Leningradi_Edasi_toimetus, lk 162
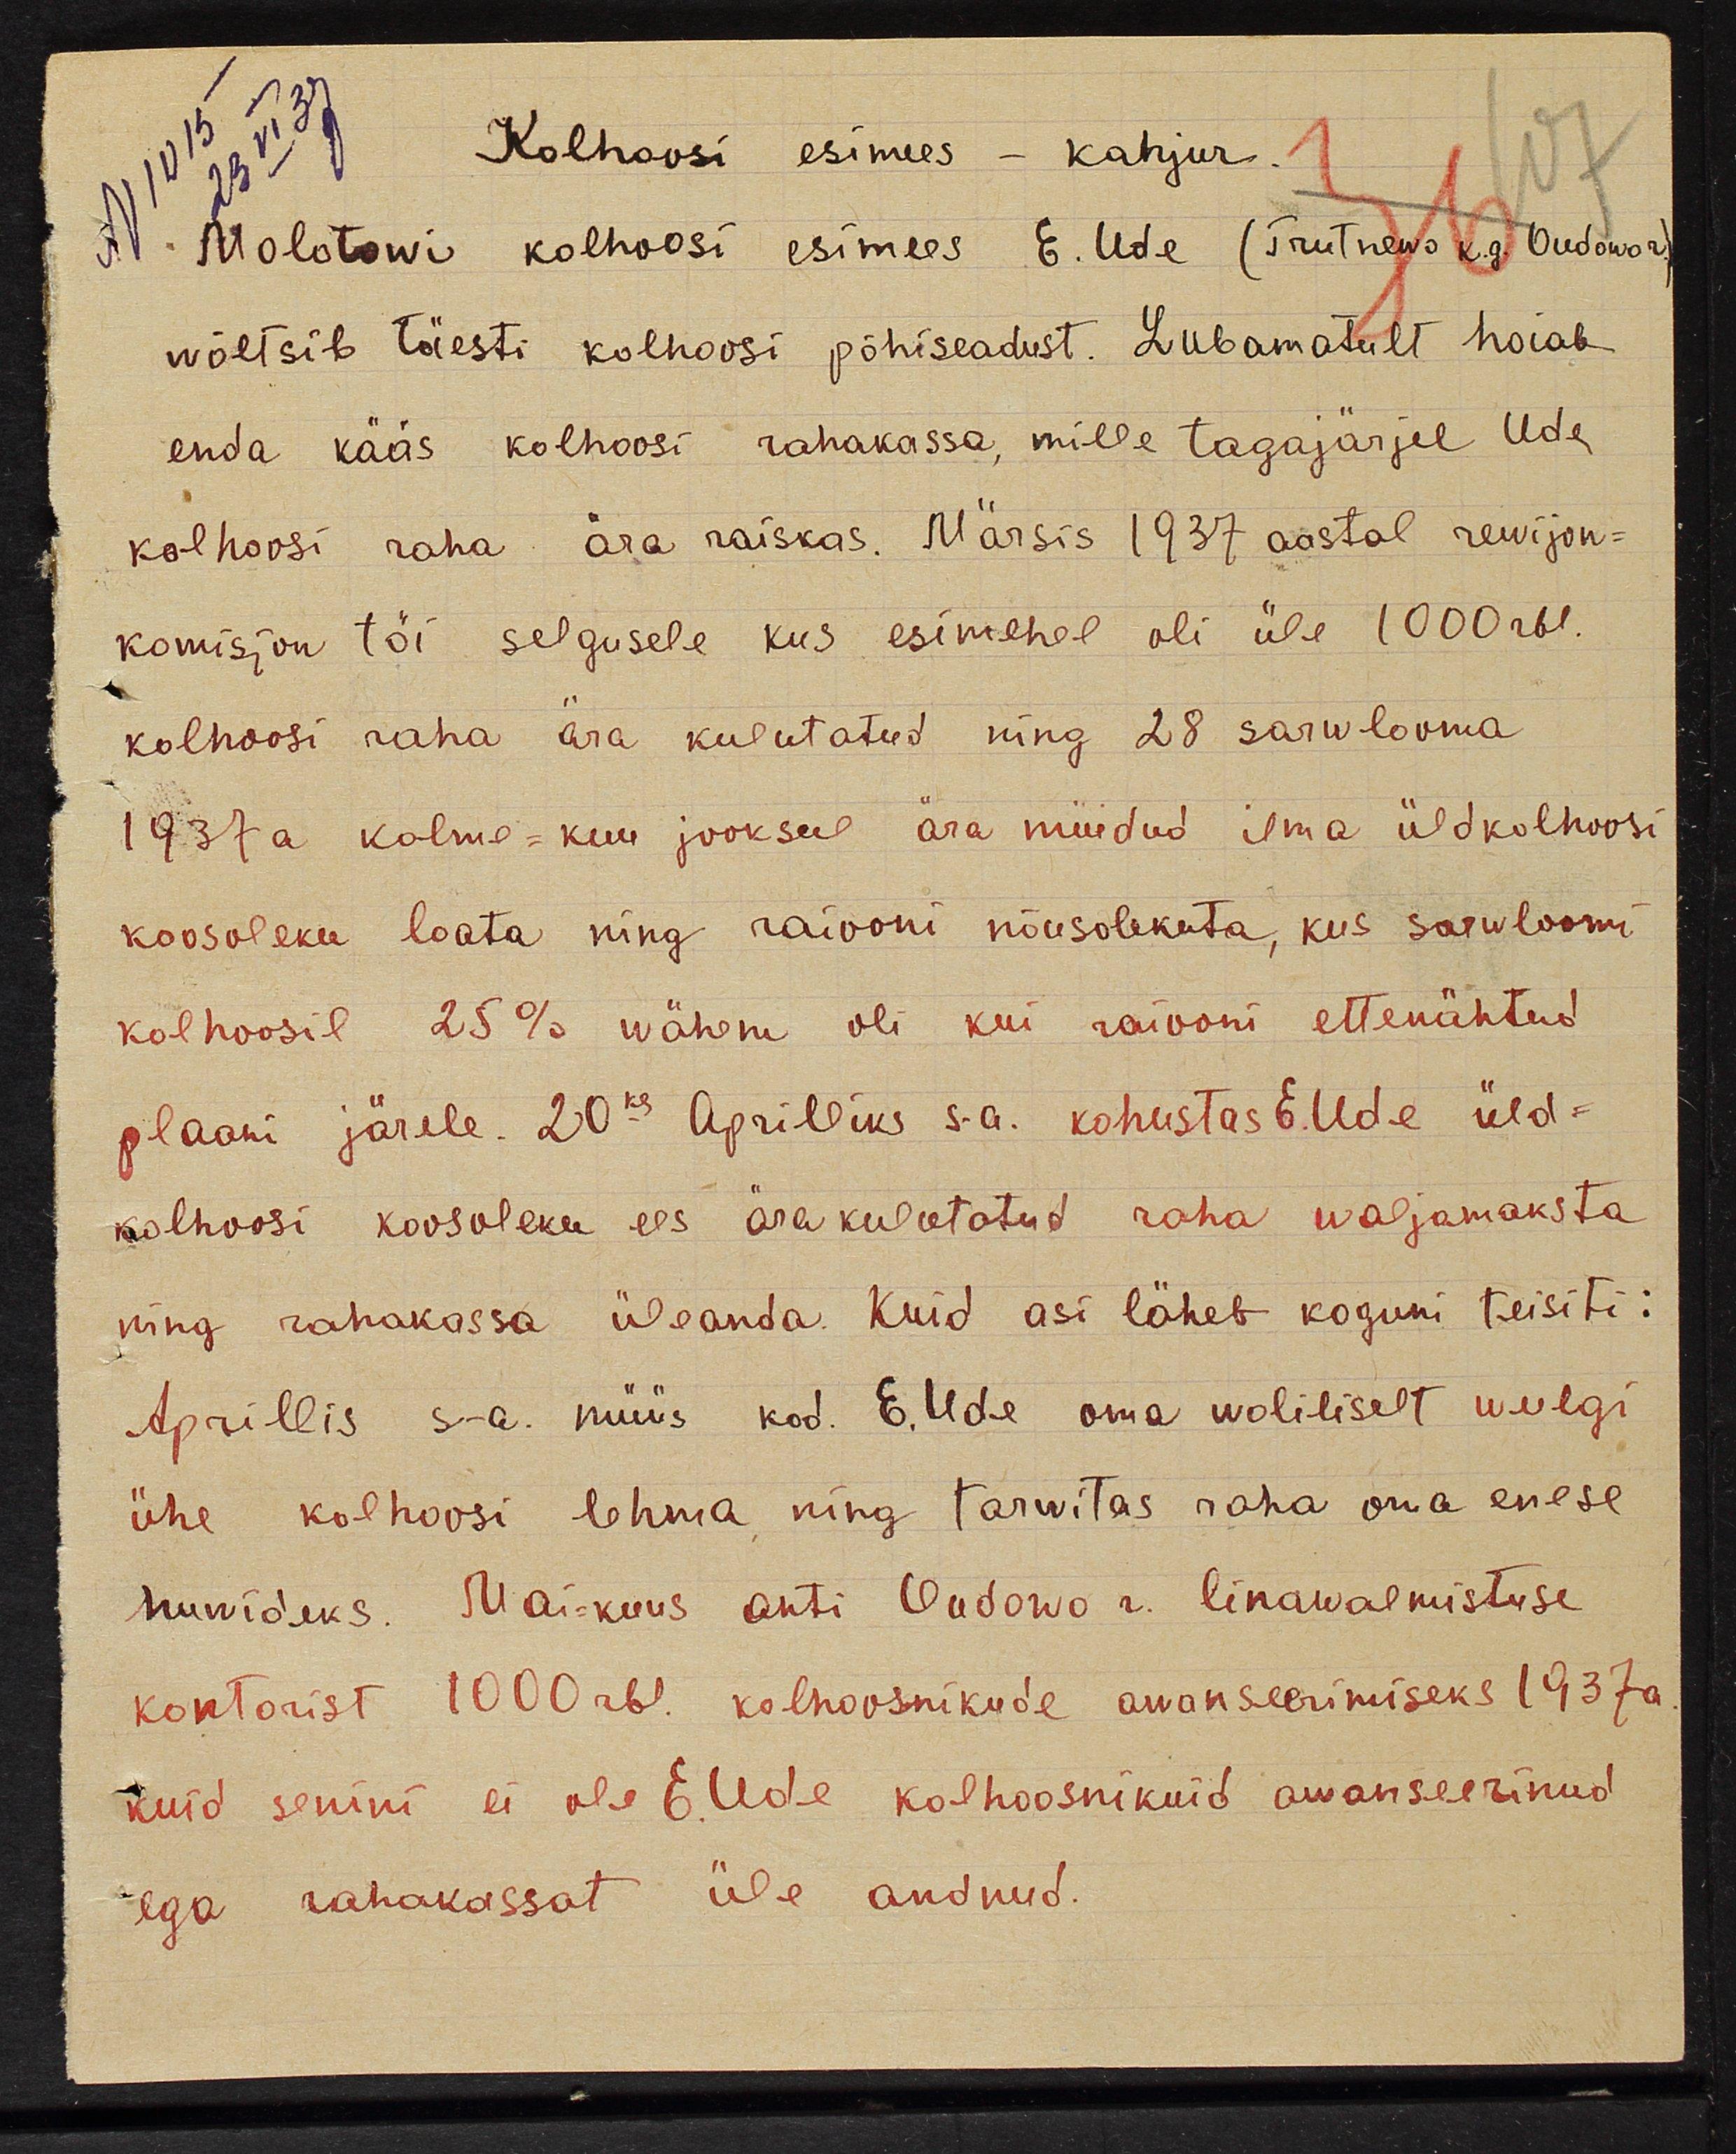
N1015
107
23 VI 37
Kolhoosi esimees - kahjur.
Molotowi kolhoosi esimees E. Ude (Trutnewo k.g. Oudovo r
36
wõltsib täesti kolhoosi põhiseadust. Lubamatult hoiab
enda kääs kolhoosi rahakassa, mille tagajärjel Ude
kolhoosi raha ära raiskas. Märsis 1937 aastal rewijon-
komisjon tõi selgusele kus esimehel oli üle 1000 rbl.
kolhoosi raha ära kulutatud ning 28 sarwlooma
1937 a kolme = kuu jooksul ära müidud ilma üldkolhoosi
koosoleku loata ning raiooni nõusolekuta, kus sarwloomi
kolhoosil 25% wähem oli kui raiooni ettenähtud
plaani järele. 20ks Aprilliks s.a. kohustas E. Ude üld-
kolhoosi koosoleku ees ärakulutatud raha wäljamaksta
ning rahakassa üleanda. Kuid asi läheb koguni teisiti:
Aprillis s.a. müüs kod. E.Ude oma woliliselt weelgi
ühe kolhoosi lehma ning tarwitas raha oma enese
huvideks. Mai=kuus anti Oudowo r. linawalmistuse
kontorist 1000 rbl. kolhoosnikude awanseerimiseks 1937a
kuid senini ei ole E.Ude kolhoosnikuid awanseerinud
ega rahakassat üle andnud.